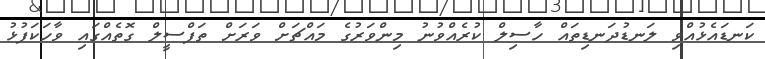
ކަނޑައެޅުއްވި ލަނޑުދަނޑިތައް ހާސިލް ކުރެއްވުނު މިންވަރުގެ މައްޗަށް ވަރަށް ތަފްސީލް ގޮތެއްގައި ވާހަކަފުޅު